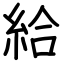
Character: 給